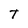
Character: T